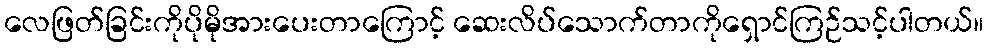
လေဖြတ်ခြင်းကိုပိုမိုအားပေးတာကြောင့် ဆေးလိပ်သောက်တာကိုရှောင်ကြဉ်သင့်ပါတယ်။